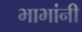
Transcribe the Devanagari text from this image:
भाभांनी